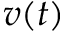
v ( t )